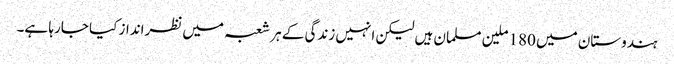
ہندوستان میں 180 ملین مسلمان ہیں لیکن انہیں زندگی کے ہر شعبہ میں نظرانداز کیا جارہا ہے۔